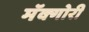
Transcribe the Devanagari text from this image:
मॅक्गोरी